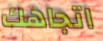
اتجاهك